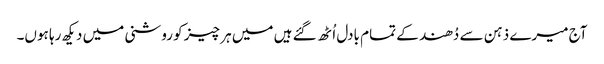
آج میرے ذہن سے دُھند کے تمام بادل اُٹھ گئے ہیں میں ہر چیز کو روشنی میں دیکھ رہا ہوں۔